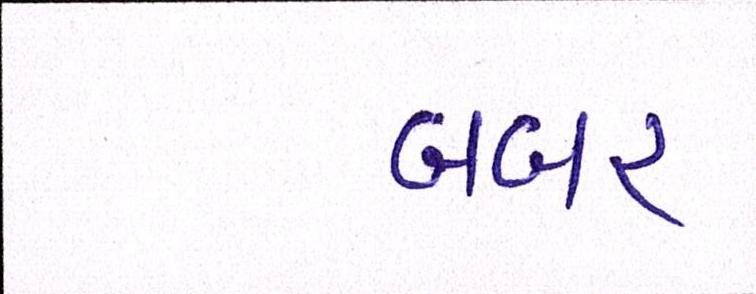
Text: બબર